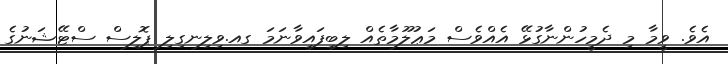
އެވެ. ވީމާ މި ދެމީހުންނާގުޅޭ އެއްވެސް މަޢުލޫމާތެއް ލިބިފައިވާނަމަ ގއ.ވިލިނގިލި ޕޮލިސް ސްޓޭޝަނުގެ